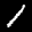
Label: 1